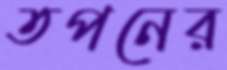
তপনের